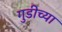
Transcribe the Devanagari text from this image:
गुडीच्या